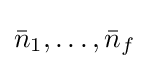
{\textstyle {\bar {n}}_{1},\ldots ,{\bar {n}}_{f}}